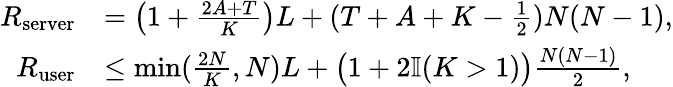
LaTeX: \begin{array}{rl}{R_{\mathrm{server}}}&{=\big(1+\frac{2A+T}{K}\big)L+(T+A+K-\frac{1}{2}){N(N-1)},}\\ {R_{\mathrm{user}}}&{\le\operatorname*{min}(\frac{2N}{K},N)L+\big(1+2\mathbb{I}(K>1)\big)\frac{N(N-1)}{2},}\end{array}